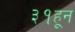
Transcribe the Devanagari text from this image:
३१हून